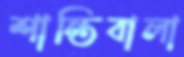
শান্তিবালা